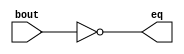
`timescale 1ns / 1ps
//////////////////////////////////////////////////////////////////////////////////
// Company: 
// Engineer: 
// 
// Design Name: 
// Module Name:    eqz 
// Project Name: 
// Target Devices: 
// Tool versions: 
// Description: 
//
// Dependencies: 
//
// Revision: 
// Revision 0.01 - File Created
// Additional Comments: 
//
//////////////////////////////////////////////////////////////////////////////////
module eqz(eq,bout);
input [15:0] bout;
output  eq;
assign eq = (bout==0);
endmodule